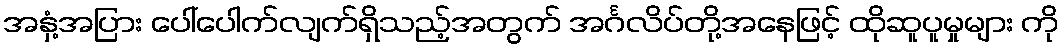
အနှံ့အပြား ပေါ်ပေါက်လျက်ရှိသည့်အတွက် အင်္ဂလိပ်တို့အနေဖြင့် ထိုဆူပူမှုများ ကို